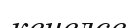
кенелсе